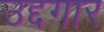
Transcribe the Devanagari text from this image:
उद्दगार